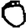
Digit: 0